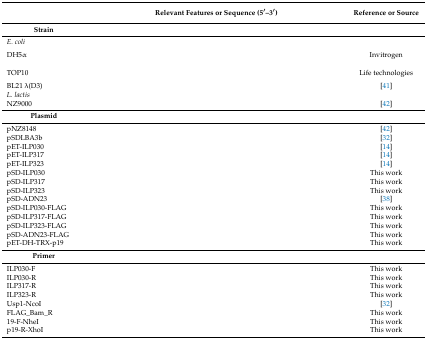
<table><thead><tr><td>[EMPTY_CELL]</td><td><b>Relevant Features or Sequence (5′–3′)</b></td><td><b>Reference or Source</b></td></tr></thead><tbody><tr><td><b>Strain</b></td><td>[EMPTY_CELL]</td><td>[EMPTY_CELL]</td></tr><tr><td><i>E. coli</i></td><td>[EMPTY_CELL]</td><td>[EMPTY_CELL]</td></tr><tr><td>DH5α</td><td>[EMPTY_CELL]</td><td>Invitrogen</td></tr><tr><td>TOP10</td><td>[EMPTY_CELL]</td><td>Life technologies</td></tr><tr><td>BL21 λ(D3)</td><td>[EMPTY_CELL]</td><td>[41]</td></tr><tr><td><i>L. lactis</i></td><td>[EMPTY_CELL]</td><td>[EMPTY_CELL]</td></tr><tr><td>NZ9000</td><td>[EMPTY_CELL]</td><td>[42]</td></tr><tr><td><b>Plasmid</b></td><td>[EMPTY_CELL]</td><td>[EMPTY_CELL]</td></tr><tr><td>pNZ8148 </td><td>[EMPTY_CELL]</td><td>[42]</td></tr><tr><td>pSDLBA3b</td><td>[EMPTY_CELL]</td><td>[32]</td></tr><tr><td>pET-ILP030</td><td>[EMPTY_CELL]</td><td>[14]</td></tr><tr><td>pET-ILP317</td><td>[EMPTY_CELL]</td><td>[14]</td></tr><tr><td>pET-ILP323</td><td>[EMPTY_CELL]</td><td>[14]</td></tr><tr><td>pSD-ILP030</td><td>[EMPTY_CELL]</td><td>This work</td></tr><tr><td>pSD-ILP317</td><td>[EMPTY_CELL]</td><td>This work</td></tr><tr><td>pSD-ILP323</td><td>[EMPTY_CELL]</td><td>This work</td></tr><tr><td>pSD-ADN23</td><td>[EMPTY_CELL]</td><td>[38]</td></tr><tr><td>pSD-ILP030-FLAG</td><td>[EMPTY_CELL]</td><td>This work</td></tr><tr><td>pSD-ILP317-FLAG</td><td>[EMPTY_CELL]</td><td>This work</td></tr><tr><td>pSD-ILP323-FLAG</td><td>[EMPTY_CELL]</td><td>This work</td></tr><tr><td>pSD-ADN23-FLAG</td><td>[EMPTY_CELL]</td><td>This work</td></tr><tr><td>pET-DH-TRX-p19</td><td>[EMPTY_CELL]</td><td>This work</td></tr><tr><td><b>Primer</b></td><td>[EMPTY_CELL]</td><td>[EMPTY_CELL]</td></tr><tr><td>ILP030-F</td><td>[EMPTY_CELL]</td><td>This work</td></tr><tr><td>ILP030-R</td><td>[EMPTY_CELL]</td><td>This work</td></tr><tr><td>ILP317-R</td><td>[EMPTY_CELL]</td><td>This work</td></tr><tr><td>ILP323-R</td><td>[EMPTY_CELL]</td><td>This work</td></tr><tr><td>Usp1-NcoI</td><td>[EMPTY_CELL]</td><td>[32]</td></tr><tr><td>FLAG_Bam_R</td><td>[EMPTY_CELL]</td><td>This work</td></tr><tr><td>19-F-NheI</td><td>[EMPTY_CELL]</td><td>This work</td></tr><tr><td>p19-R-XhoI</td><td>[EMPTY_CELL]</td><td>This work</td></tr></tbody></table>